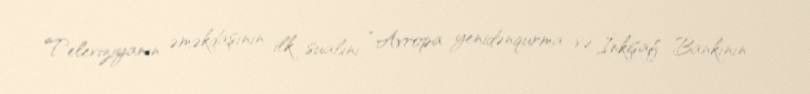
Televiziyanın əməkdaşının ilk sualını “Avropa yenidənqurma və İnkişaf Bankının